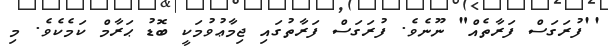
''ފުރަގަސް ފަރާތެއް" ނޫނެވެ. ފުރަގަސް ފަރާތުގައި ޖިމާޢުވުމަކީ ބޮޑު ޙަރާމް ކަމެކެވެ. މި